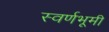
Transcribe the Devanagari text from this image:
स्वर्णभूमी